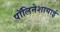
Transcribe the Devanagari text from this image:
पॉलिनेशायाई